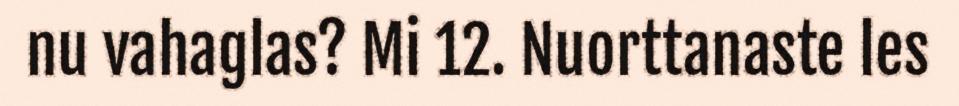
nu vahaglas? Mi 12. Nuorttanaste les